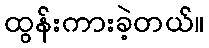
ထွန်းကားခဲ့တယ်။